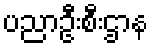
ပညာဦးစီးဌာန